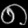
Digit: ၈